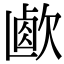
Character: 𣣸